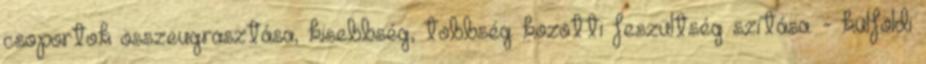
csoportok összeugrasztása, kisebbség, többség közötti feszültség szítása. - külföldi